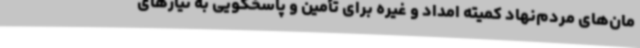
مان‌های مردم‌نهاد کمیته امداد و غیره برای تأمین و پاسخگویی به نیازهای